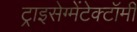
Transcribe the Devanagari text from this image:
ट्राइसेग्मेंटेक्टॉमी